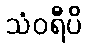
သံဝရီပိ